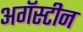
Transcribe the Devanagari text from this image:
अगॅस्टीन